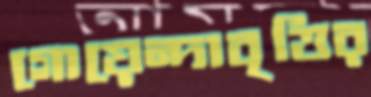
গোয়েন্দাবৃত্তির